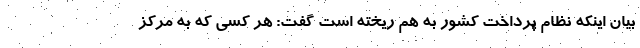
بیان اینکه نظام پرداخت کشور به هم ریخته است گفت: هر کسی که به مرکز